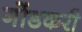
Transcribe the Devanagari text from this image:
गोंडकरी